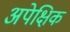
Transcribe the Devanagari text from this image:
अपेक्षिक